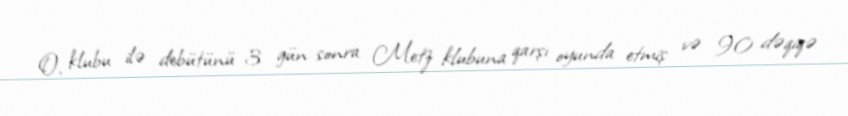
O, klubu ilə debütünü 3 gün sonra Metz klubuna qarşı oyunda etmiş və 90 dəqiqə